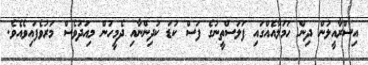
އިސްރާއީލުން ދިން ހަމަލާއެއްގައި ފަލަސްތީނުގެ ފަސް ކުޑަ ކުދިންނާއި ދެމީހުން މިއަދުވެސް މަރުވެފައިވެއެވެ.